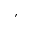
\prime